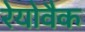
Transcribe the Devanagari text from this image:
रेयोवैक